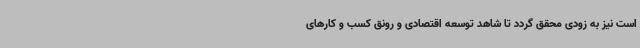
است نیز به زودی محقق گردد تا شاهد توسعه اقتصادی و رونق کسب و کارهای